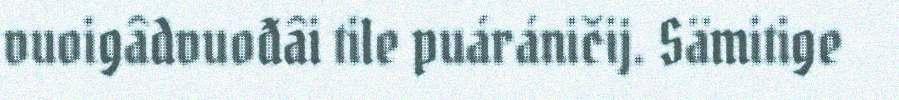
vuoigâdvuođâi tile puáráničij. Sämitige